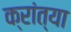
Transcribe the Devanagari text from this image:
क्रांत्या